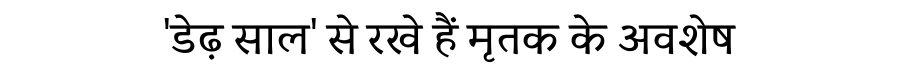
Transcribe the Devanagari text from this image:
'डेढ़ साल' से रखे हैं मृतक के अवशेष